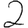
Digit: 2